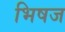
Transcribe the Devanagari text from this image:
भिषज